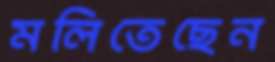
মলিতেছেন